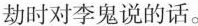
劫时对李鬼说的话。